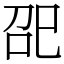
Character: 巶